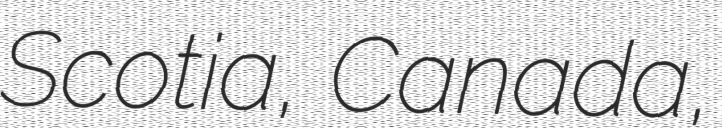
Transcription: Scotia, Canada,